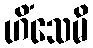
ဟိံသေမိ